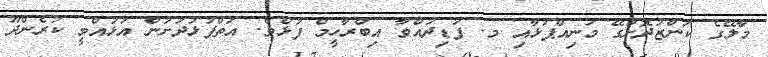
މާލޭގެ ކަންޒުދޮށުގޭ މަނިއްޕުޅާއި މ. ފަޑިދުއްވާ އިބްރާހީމް ފުޅެވެ. އަތްޕުޅުދަށުން އުޅުއްވީ ކުރެންދޫ